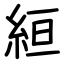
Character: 絙